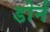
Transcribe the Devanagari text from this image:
डोर्न